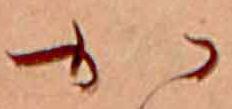
か